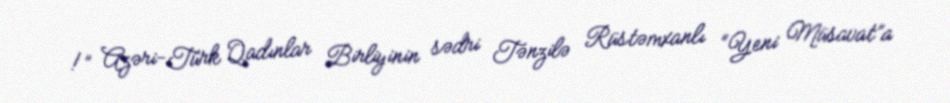
!” Azəri-Türk Qadınlar Birliyinin sədri Tənzilə Rüstəmxanlı “Yeni Müsavat”a